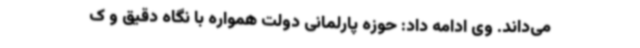
می‌داند. وی ادامه داد: حوزه پارلمانی دولت همواره با نگاه دقیق و ک